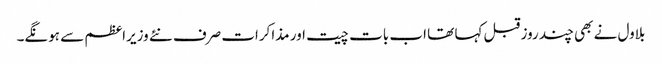
بلاول نے بھی چند روز قبل کہا تھا اب بات چیت اور مذاکرات صرف نئے وزیراعظم سے ہونگے۔